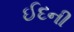
ઈદની